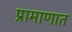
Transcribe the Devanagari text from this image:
प्रामाणात